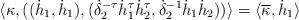
LaTeX: \begin{align*} \langle\kappa, ((\dot{h}_1,\dot{h}_1),(\dot{\delta}_2^{-\tau} \dot{h}_1^{\tau}\dot{h}_2^{\tau},\dot{\delta}_2^{-1} \dot{h}_1\dot{h}_2)) \rangle =\langle \overline{\kappa}, \dot{h}_{1} \rangle\end{align*}